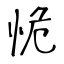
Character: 恑